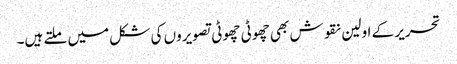
تحریر کے اولین نقوش بھی چھوٹی چھوٹی تصویروں کی شکل میں ملتے ہیں۔